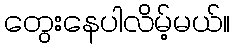
တွေးနေပါလိမ့်မယ်။